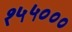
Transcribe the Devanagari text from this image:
१५५०००